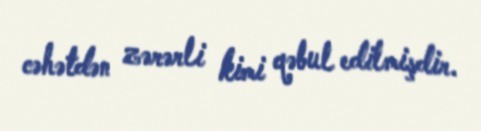
cəhətdən zərərli kimi qəbul edilmişdir.